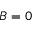
B = 0